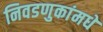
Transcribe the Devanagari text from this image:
निवडणुकांमधे